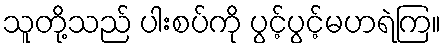
သူတို့သည် ပါးစပ်ကို ပွင့်ပွင့်မဟရဲကြ။